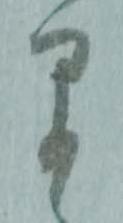
早